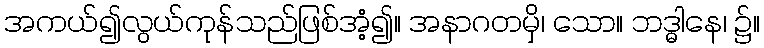
အကယ်၍လွယ်ကုန်သည်ဖြစ်အံ့၍။ အနာဂတမှိ၊ သော။ ဘဒ္ဓါနေ၊ ၌။